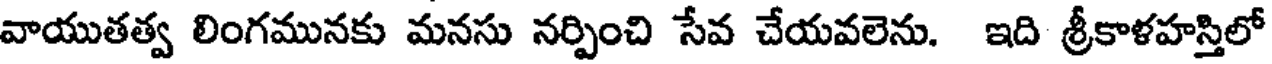
వాయుతత్వ లింగమునకు మనసు నర్పించి సేవ చేయవలెను. ఇది శ్రీకాళహస్తిలో